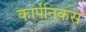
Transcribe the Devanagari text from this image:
कार्पनिकस